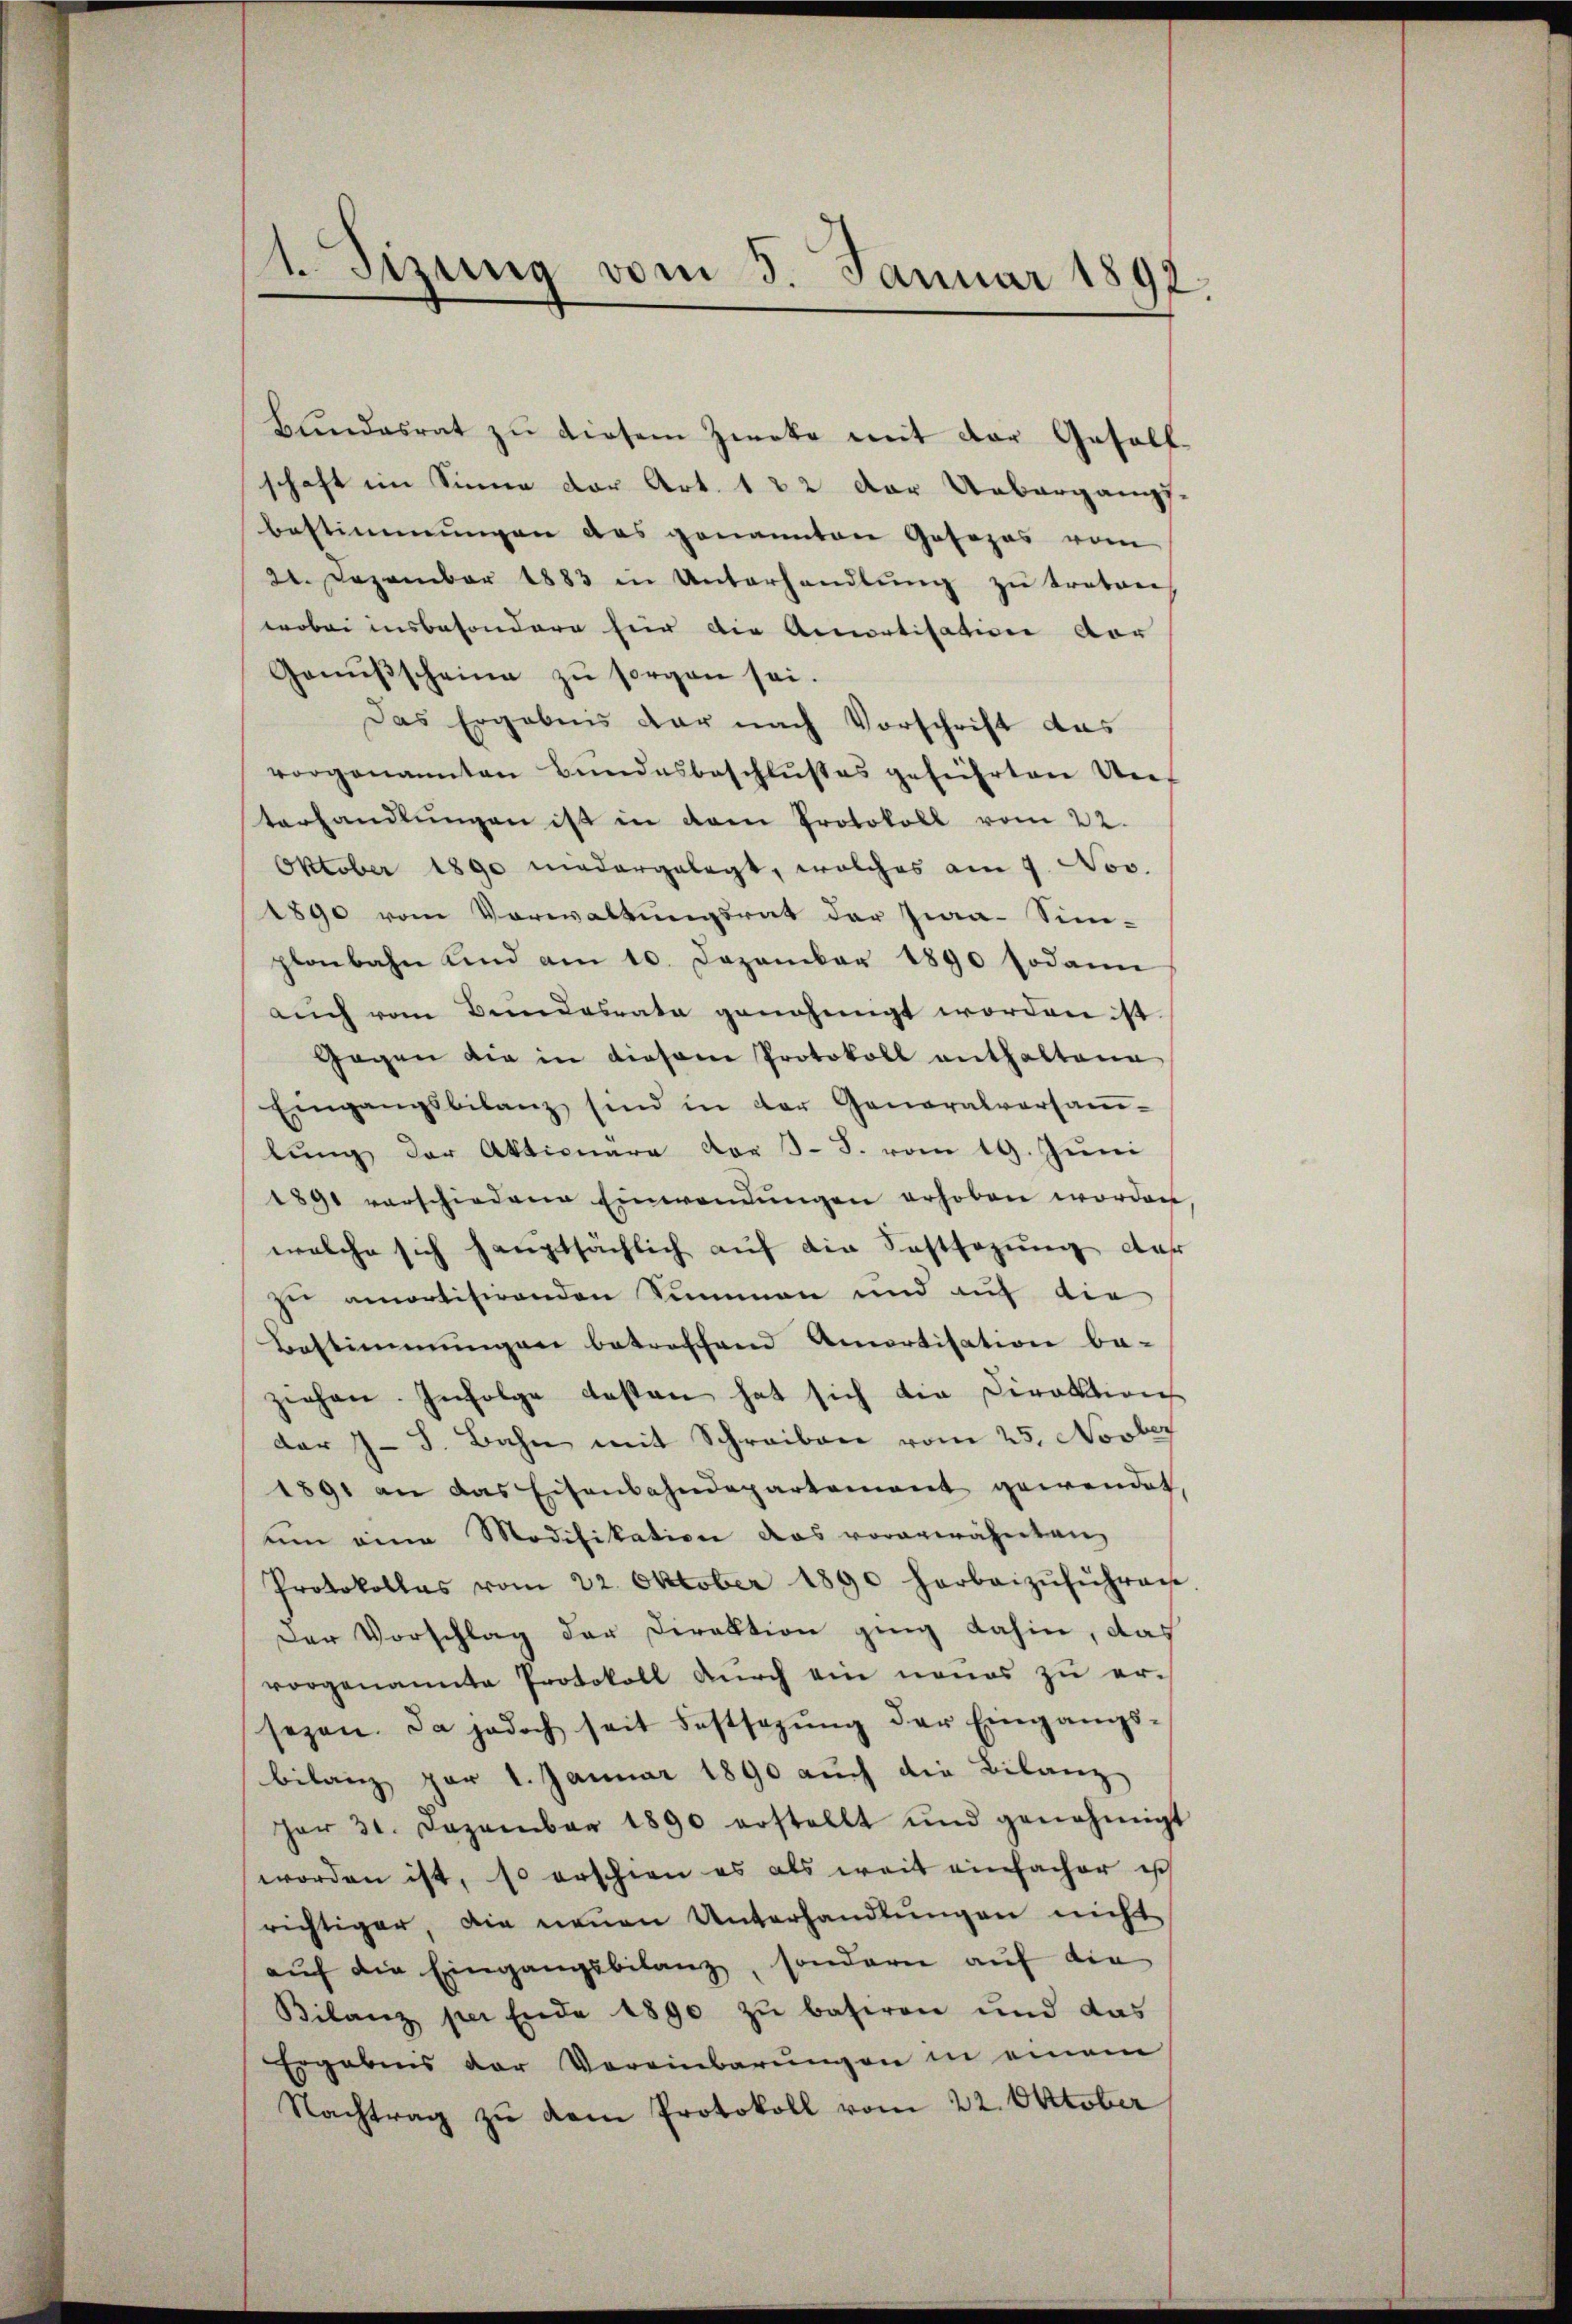
vorgenannten Bŭndesbeschlŭβes geführten Un-
terhandlŭngen ist in dem Protokoll vom 22.
Oktober 1890 niedergelegt, welches am 9. Nov.
1890 vom Vorwaltungsrat der Zwa-Sim-
planbahn und am 10. Dezember 1890 sodann
aŭch vom Bundesrata genehmigt worden ist.
Gegen die in diesene Protokoll enthaltene
Eingangsbilanz sind in der Generalversaṁ-
lung der Aktionara vor J. J. vom 19. Juni
1891 verschiedene Einwendungen erhoben worden
welche sich hauptsächlich auf die Festsezung der
zu amortisirenden Summen und auf die
Bestimmungen betreffend Amortisation be-
ziehen. Infolge besten hat sich die Direktion
der J. J. Bahn mit Schreiben vom 25. Novber
1891 an das Eisenbahndepartement gewendet,
um eine Modifikation das vorerwähneten
Protokolles vom 22. Oktober 1890 herbeizŭführen
Der Vorschlag der Direktion ging dahin, das
vorgenannte Protokoll durch ein neues zu er-
sezen. Da jedoch seit Festsagung der Eingangsbilanz per 1. Januar 1890 auch die Bilanz
Her 31. Dezember 1890 erstellt und genehmigt
worden ist, so erschien es als weit einfacher ist
richtiger, die neŭen Unterhandlŭngen nicht
aŭf die Eingangsbilanz, sondern auf die
Bilanz per Ende 1890 zu basiren und das
Ergabens der Vereinbarŭngen in einem
Nachtrag zu dem Protokoll vom 22. Oktober

)
Sizung vom 5. Januar 1892.

Bundesrat zŭ diesem Zwecke mit der Gesell-
schaft im Sinne der Art. 122 der Uebergangs-
bestimmungen das genannten Gosezes vom
21. Dezember 1883 in Unterhandlŭng zŭ treten
wobei insbesondere für die Amortisation vor
Genißscheine zu sorgen sei.
Das Ergebnis dar nach Vorschrift das